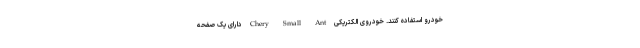
خودرو استفاده کنند. خودروی الکتریکی Chery Small Ant دارای یک صفحه